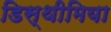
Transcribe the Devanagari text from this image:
डिस्थीमिया